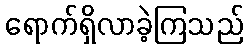
ရောက်ရှိလာခဲ့ကြသည်